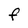
Character: f